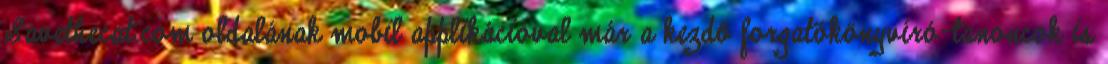
Savethecat.com oldalának mobil applikációval már a kezdő forgatókönyvíró-tanoncok is